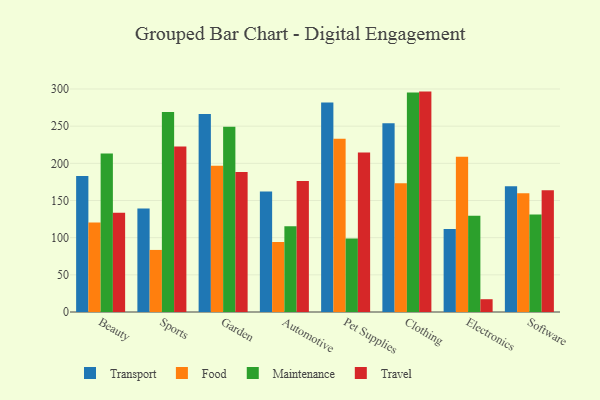
{"axis": {"x": "Category", "y": "Market Share (%)"}, "legend": ["Food", "Maintenance", "Transport", "Travel"], "data": [{"x": "Beauty", "y": 183.1, "type": "Transport"}, {"x": "Beauty", "y": 120.4, "type": "Food"}, {"x": "Beauty", "y": 213.3, "type": "Maintenance"}, {"x": "Beauty", "y": 133.4, "type": "Travel"}, {"x": "Sports", "y": 139.2, "type": "Transport"}, {"x": "Sports", "y": 83.5, "type": "Food"}, {"x": "Sports", "y": 268.9, "type": "Maintenance"}, {"x": "Sports", "y": 222.8, "type": "Travel"}, {"x": "Garden", "y": 266.5, "type": "Transport"}, {"x": "Garden", "y": 196.6, "type": "Food"}, {"x": "Garden", "y": 249.1, "type": "Maintenance"}, {"x": "Garden", "y": 188.3, "type": "Travel"}, {"x": "Automotive", "y": 162.1, "type": "Transport"}, {"x": "Automotive", "y": 94.3, "type": "Food"}, {"x": "Automotive", "y": 115.5, "type": "Maintenance"}, {"x": "Automotive", "y": 176.4, "type": "Travel"}, {"x": "Pet Supplies", "y": 282.0, "type": "Transport"}, {"x": "Pet Supplies", "y": 233.1, "type": "Food"}, {"x": "Pet Supplies", "y": 98.9, "type": "Maintenance"}, {"x": "Pet Supplies", "y": 214.5, "type": "Travel"}, {"x": "Clothing", "y": 253.9, "type": "Transport"}, {"x": "Clothing", "y": 173.1, "type": "Food"}, {"x": "Clothing", "y": 295.3, "type": "Maintenance"}, {"x": "Clothing", "y": 296.5, "type": "Travel"}, {"x": "Electronics", "y": 111.6, "type": "Transport"}, {"x": "Electronics", "y": 209.0, "type": "Food"}, {"x": "Electronics", "y": 129.5, "type": "Maintenance"}, {"x": "Electronics", "y": 17.2, "type": "Travel"}, {"x": "Software", "y": 169.1, "type": "Transport"}, {"x": "Software", "y": 159.7, "type": "Food"}, {"x": "Software", "y": 131.2, "type": "Maintenance"}, {"x": "Software", "y": 163.7, "type": "Travel"}]}